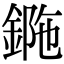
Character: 𨧯